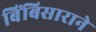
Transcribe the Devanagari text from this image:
बिंबिसाराने